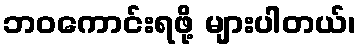
ဘဝကောင်းရဖို့ များပါတယ်၊